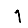
Digit: 1